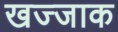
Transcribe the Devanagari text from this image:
खज्जाक